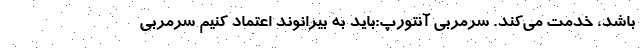
باشد، خدمت می‌کند. سرمربی آنتورپ:باید به بیرانوند اعتماد کنیم سرمربی